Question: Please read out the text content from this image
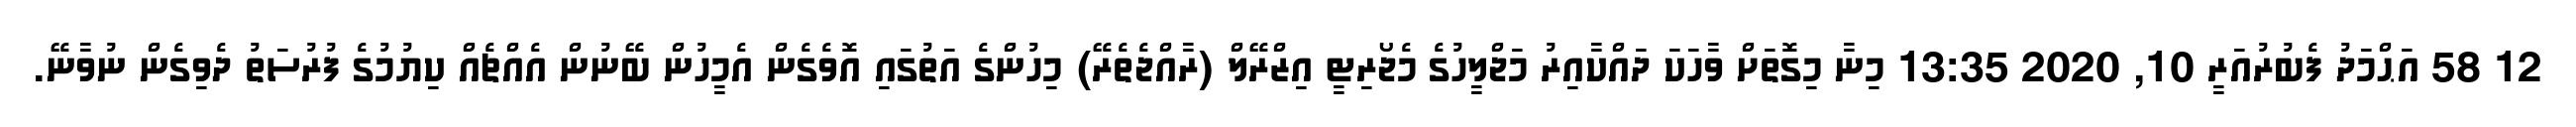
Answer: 12 58 އަޙްމަދު ފެބުރުއަރީ 10, 2020 13:35 މިނާ މިގޮތަށް ވާހަކަ ދައްކާއިރު މަޖްލީހުގެ މެޖޯރިޓީ އިޒްރޭލް (ރާއްޖެތެރޭ) މިހުންގެ އަތުގައި އޮވެގެން އެމީހުން ބޭނުން އެއްޗެއް ކިޔުމުގެ ފުރުސަތު ދެވިގެން ނުވާނޭ.